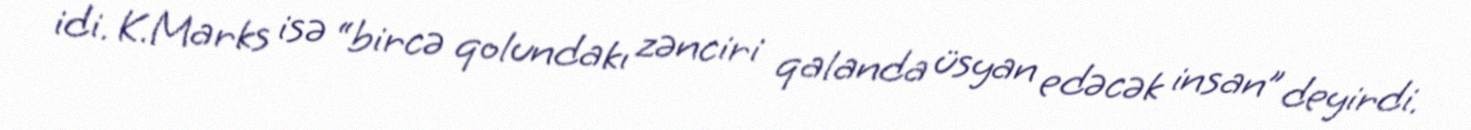
idi. K.Marks isə “bircə qolundakı zənciri qalanda üsyan edəcək insan” deyirdi.